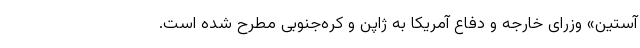
آستین» وزرای خارجه و دفاع آمریکا به ژاپن و کره‌جنوبی مطرح شده است.